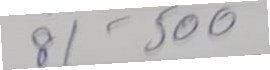
81 - 500